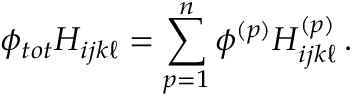
\phi _ { t o t } H _ { i j k \ell } = \sum _ { p = 1 } ^ { n } \phi ^ { ( p ) } H _ { i j k \ell } ^ { ( p ) } \, .